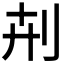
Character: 𠛟